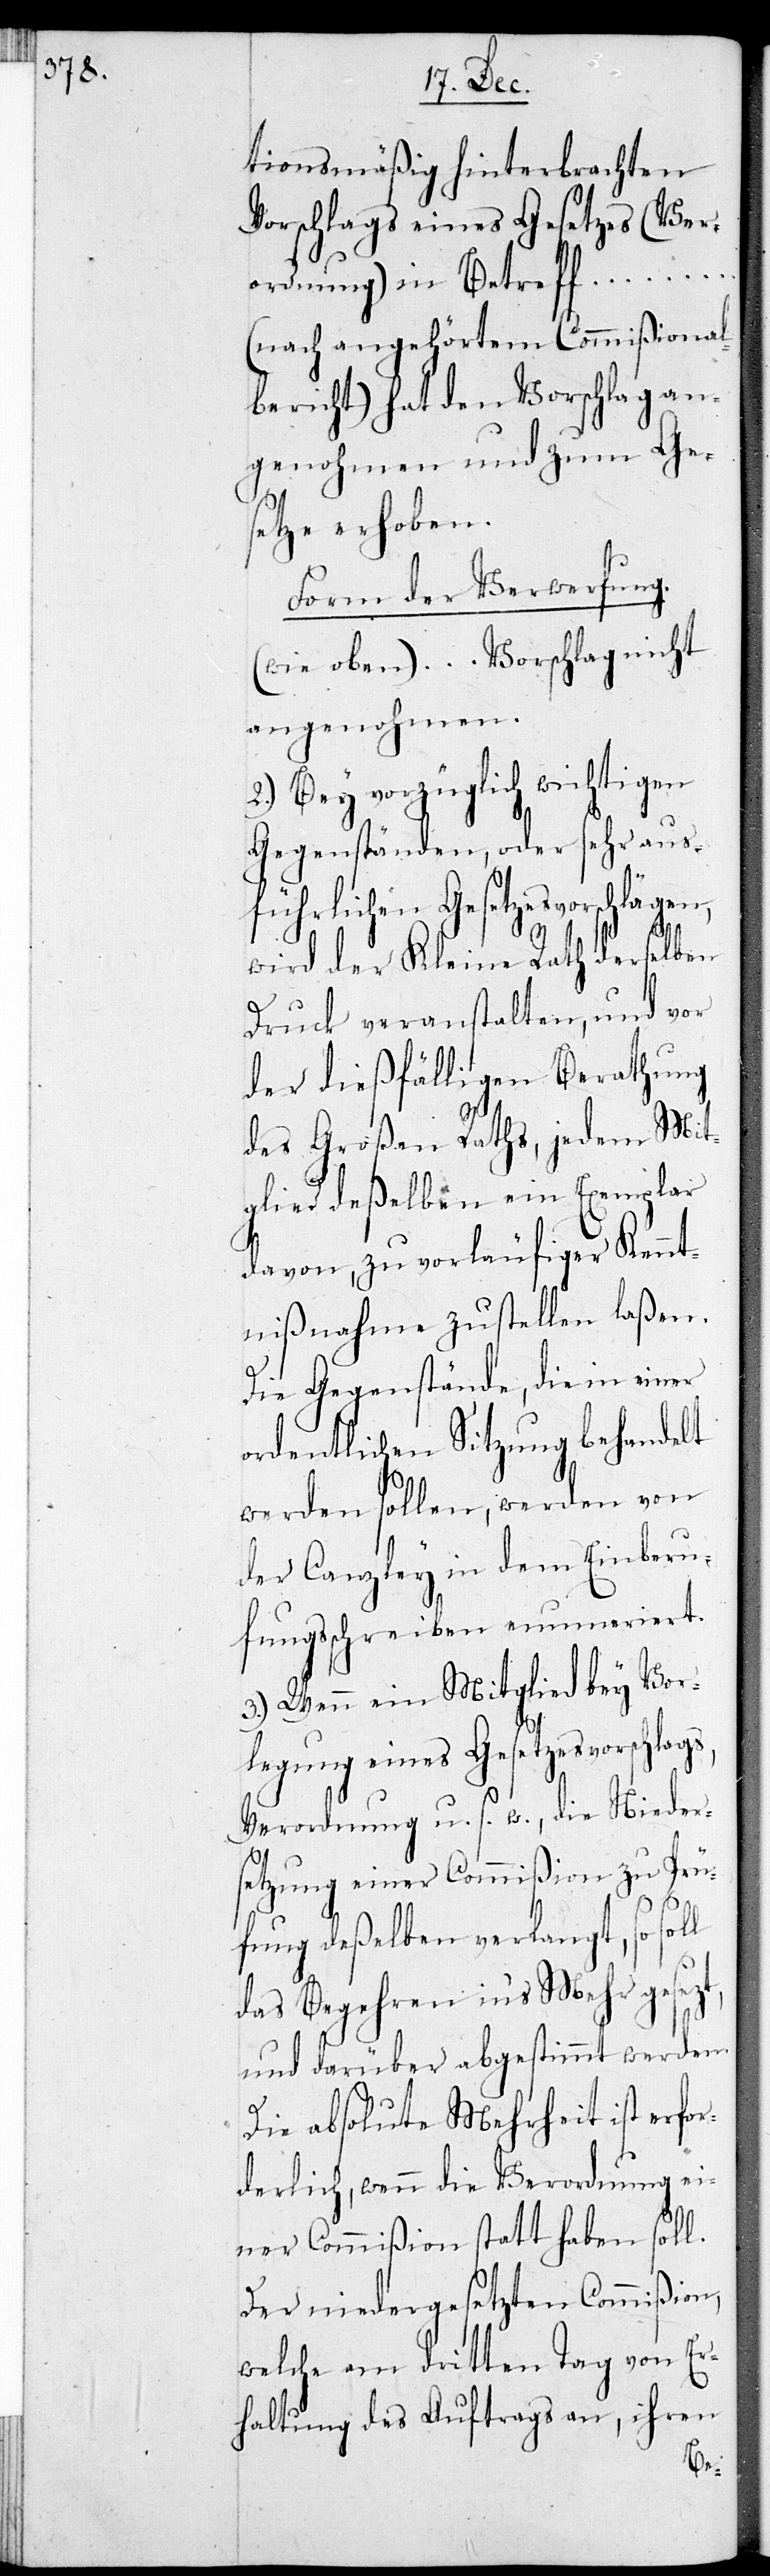
tionsmäßig hinterbrachten
Vorschlags eines Gesetzes (Ver¬
ordnung) in Betreff …
(nach angehörtem Commißional¬
bericht) hat den Vorschlag an¬
genohmen und zum Ge¬
setze erhoben.
Form der Verwerfung.
(wie oben) … Vorschlag nicht
angenohmen.
2.) Bey vorzüglich wichtigen
Gegenständen, oder sehr aus¬
führlichen Gesetzesvorschlägen,
wird der Kleine Rath derselben
Druck veranstalten, und vor
der dießfälligen Berathung
des Großen Raths, jedem Mit¬
glied deßelben ein Exemplar
davon, zu vorläufiger Kennt¬
nißnahme zustellen laßen.
l
Die Gegenstände, die in einer
ordentlichen Sitzung behandelt
werden sollen, werden von
der Canzley in dem Einberu¬
fungsschreiben enumeriert.
3.) Wenn ein Mitglied bey Ver¬
legung eines Gesetzesvorschlags,
Verordnung u.s.w., die Nieder¬
setzung einer Commißion zu Prü¬
fung deßelben verlangt, so sol¬
das Begehren in‘s Mehr gesezt,
und darüber abgestimmt werden.
Die absolute Mehrheit ist erfo¬
rderlich, wenn die Verordnung ei¬
ner Commißion statt haben soll.
Der niedergesetzten Commißion,
welche am dritten Tag von Er¬
haltung des Auftrags an, ihren